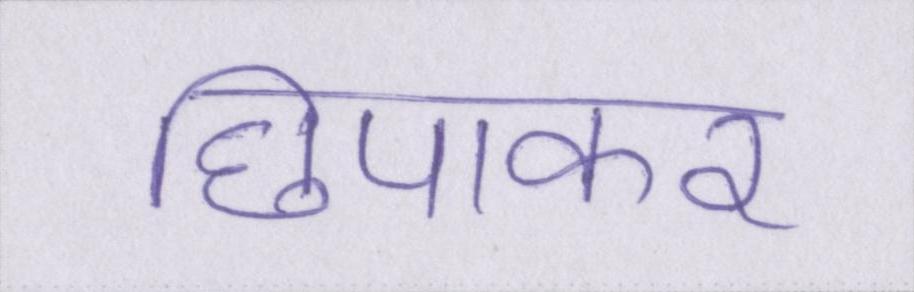
छिपाकर